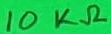
Text: 10KΩ